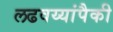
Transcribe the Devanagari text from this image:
लढवय्यांपैकी